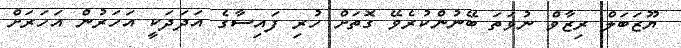
ޔޫޒަބަލް ރިޒާވް ނުވަތަ ބޭނުންކުރެވޭ ގޮތަށް ހުރި ފައިސާގެ އަދަދަކީ އަހަރުން އަހަރަށް